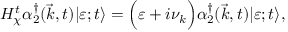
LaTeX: H _ { \chi } ^ { t } { \alpha } _ { 2 } ^ { \dagger } ( { \vec { k } } , t ) | \varepsilon ; t \rangle = \Big ( { \varepsilon } + i { \nu } _ { k } \Big ) { \alpha } _ { 2 } ^ { \dagger } ( { \vec { k } } , t ) | \varepsilon ; t \rangle ,